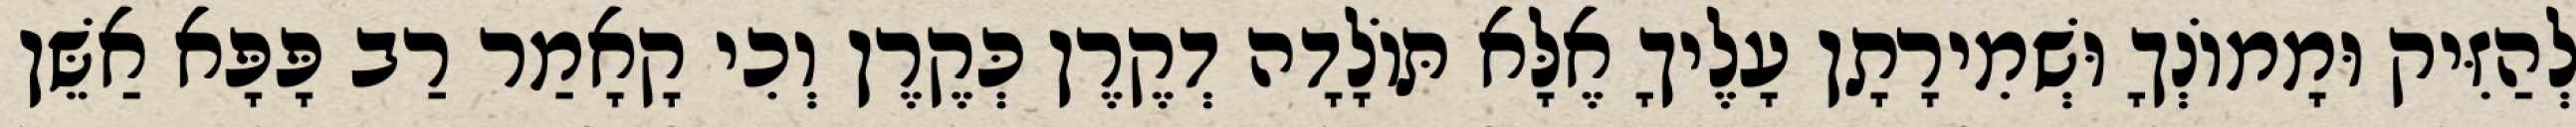
לְהַזִּיק וּמָמוֹנְךָ וּשְׁמִירָתָן עָלֶיךָ אֶלָּא תּוֹלָדָה דְקֶרֶן כְּקֶרֶן וְכִי קָאָמַר רַב פָּפָּא אַשֵּׁן